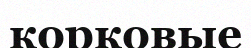
корковые